Annual report of the Punjab Veterinary College and of the Civil Veterinary Department, Punjab - 1926-1932
Year: 1926
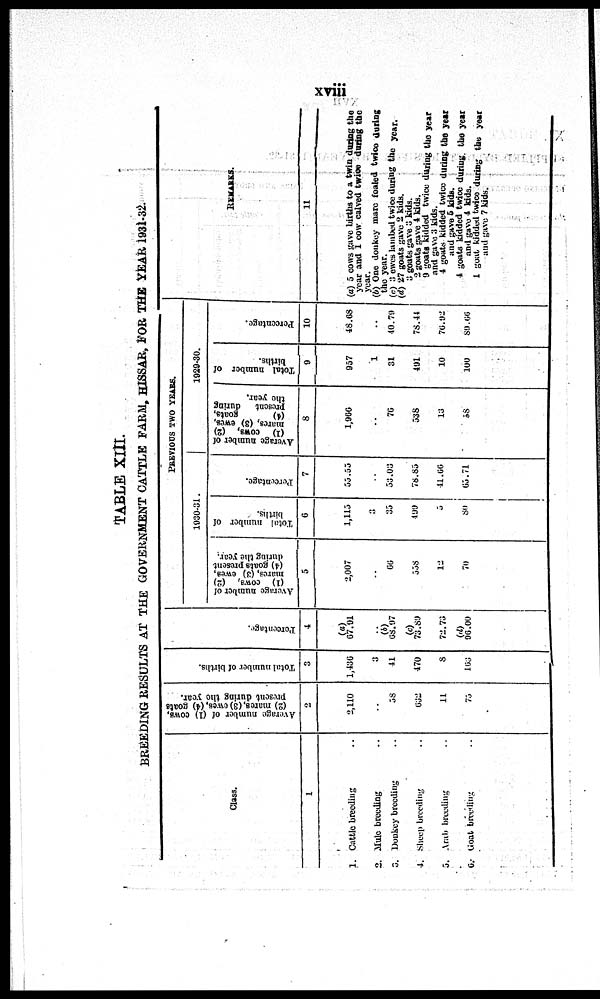
xviii
TABLE XIII.
BREEDING RESULTS AT THE GOVERNMENT CATTLE FARM, HISSAR, FOR THE YEAR 1931-32.
Class.
1
1. Cattle breeding ..
2. Mule breeding ..
3. Donkey breeding ..
4 Sheep breeding ..
5. Arab breeding ..
6. Goat breeding ..
Average number of (1) cows,
(2) mares,
(3) owes, (4) goats
present during the year.
2
2,110
..
58
632
11
75
Total number of births.
3
1,436
3
41
470
8
163
Per cent age.
4
(a)
67.91
..
(b)
68.97
(c)
73.89
72.73
(d)
96.00
PREVIOUS TWO YEARS.
1930-31.
Ave r
a ge number of
(1) cows, (2)
mares, (3) ewes ,
(4) goats present
dur i
ng the year .
5
2,007
..
66
558
12
70
Total number of
births.
6
1,115
3
35
499
5
80
Percentage.
7
55.55
..
53.03
78.85
41.66
65.71
1929-30.
Average number of
(1) cows, (2)
mares, (3) ewes,
(4)
goats,
present
during
the year.
8
1,966
..
76
538
13
58
Total number of
births.
9
957
1
31
491
10
100
Percentage.
10
48.68
..
40.79
78.44
76.92
89.66
REMARKS.
11
(a) 5 cows gave births to a twin during the
year and 1 cow calved twice during the
year.
(b) One donkey mare foaled twice during
the year.
(c) 3 ewes lambed twice during the year.
(d) 27 goats gave 2 kids.
3 goats gave 3 kids.
2 goats gave 4 kids.
9 goats kidded twice during the year
and gave 3 kids.
4 goats kidded twice during the year
and gave 5 kids.
4 goats kidded twice during the year
and gave 4 kids.
1 goat kidded twice during the year
and gave 7 kids.